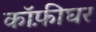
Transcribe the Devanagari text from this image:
कॉफ़ीघर